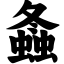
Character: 螽